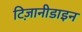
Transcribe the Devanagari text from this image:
टिज़ानीडाइन